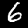
Digit: 6